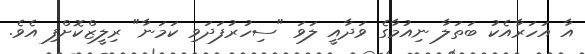
އާ އަހަރާއެކު ބަތަލާ ނިއުމާގެ ވަދާއީ ލަވަ "ސިހުރުފަދަވި ކަމަނާ" ރިލީޒްކޮށްފި އެވެ.